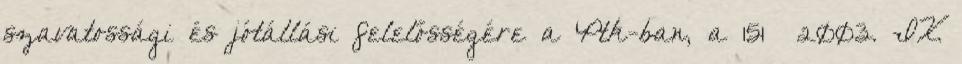
szavatossági és jótállási felelősségére a Ptk-ban, a 151 2003. IX.